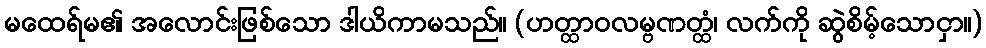
မထေရ်မ၏ အလောင်းဖြစ်သော ဒါယိကာမသည်။ (ဟတ္ထာဝလမ္ဗဏတ္ထံ၊ လက်ကို ဆွဲစိမ့်သောငှာ။)